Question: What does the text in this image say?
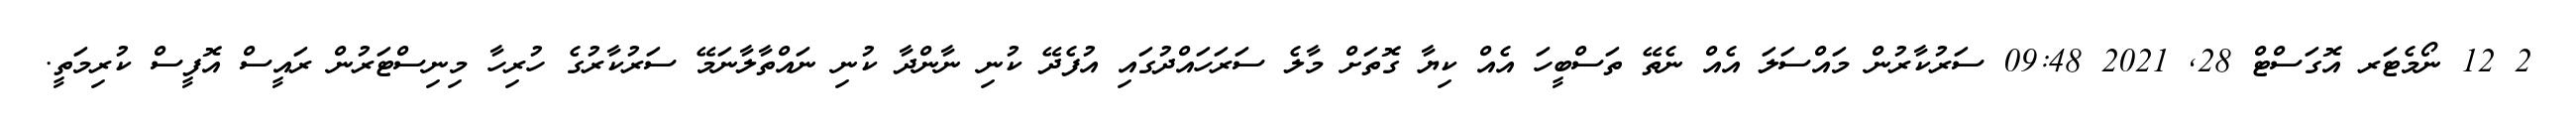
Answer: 2 12 ނޯމެޓަރ އޮގަސްޓް 28, 2021 09:48 ސަރުކާރުން މައްސަލަ އެއް ނެތޭ ތަސްބީހަ އެއް ކިޔާ ގޮތަށް މާލެ ސަރަހައްދުގައި އުފެދޭ ކުނި ނާންދާ ކުނި ނައްތާލާނަމޭ ސަރުކާރުގެ ހުރިހާ މިނިސްޓަރުން ރައީސް އޮފީސް ކުރިމަތީ.